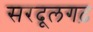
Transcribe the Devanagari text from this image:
सरदूलगढ़